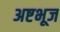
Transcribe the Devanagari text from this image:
अष्टभूज